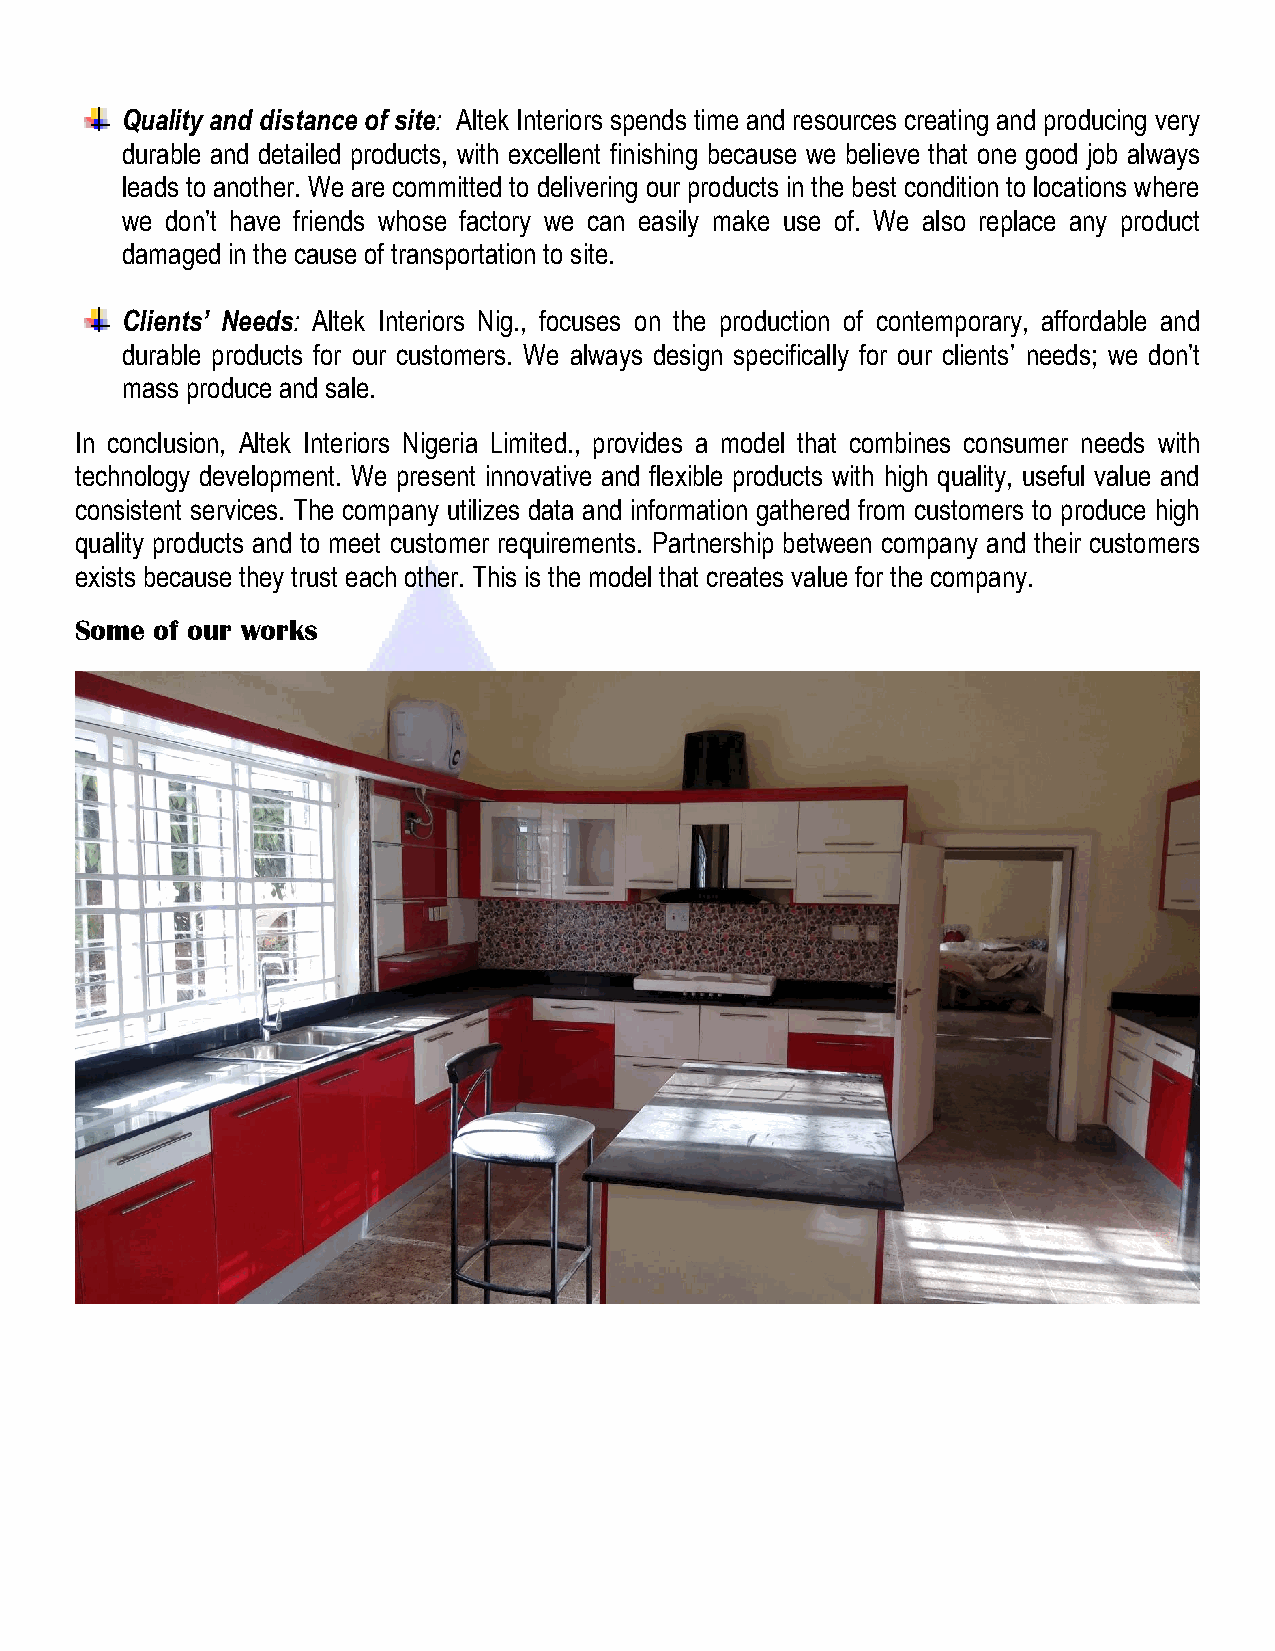
Quality and distance of site: Altek Interiors spends time and resources creating and producing very
 durable and detailed products, with excellent finishing because we believe that one good job always
 leads to another. We are committed to delivering our products in the best condition to locations where
 we don’t have friends whose factory we can easily make use of. We also replace any product
 damaged in the cause of transportation to site.
 Clients’ Needs: Altek Interiors Nig., focuses on the production of contemporary, affordable and
 durable products for our customers. We always design specifically for our clients’ needs; we don’t
 mass produce and sale.
 In conclusion, Altek Interiors Nigeria Limited., provides a model that combines consumer needs with
 technology development. We present innovative and flexible products with high quality, useful value and
 consistent services. The company utilizes data and information gathered from customers to produce high
 quality products and to meet customer requirements. Partnership between company and their customers
 exists because they trust each other. This is the model that creates value for the company.
 Some of our works